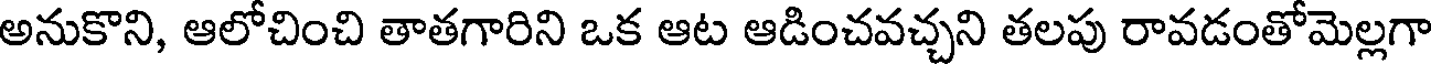
అనుకొని, ఆలోచించి తాతగారిని ఒక ఆట ఆడించవచ్చని తలపు రావడంతోమెల్లగా